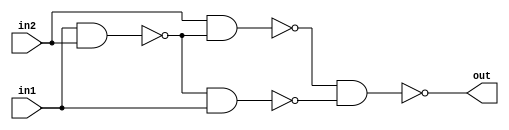
module Lab2Part1B(in1, in2, out);
	input in1, in2;
	output out;
	
	wire in1, in2, out;
	wire nand1out, nand2out, nand3out;
	
	nand nand4(out, nand1out, nand3out);
	nand nand3(nand3out, nand2out, in1);
	nand nand2(nand2out, in1, in2);
	nand nand1(nand1out, in2, nand2out);	
	
endmodule